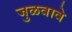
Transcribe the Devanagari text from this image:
जुळवावे